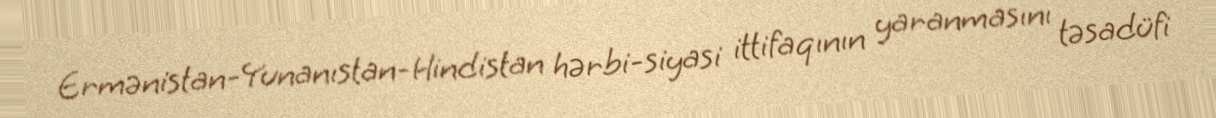
Ermənistan-Yunanıstan-Hindistan hərbi-siyasi ittifaqının yaranmasını təsadüfi